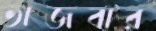
ভাজবার